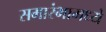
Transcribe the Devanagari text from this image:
समारंभामध्ये